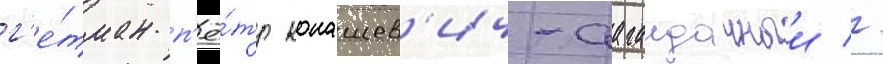
г'е́тман п'ё́тр конашев'ич-сагаидачныи //